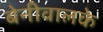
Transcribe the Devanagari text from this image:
बेनीवालके